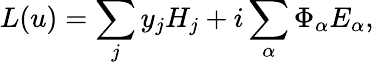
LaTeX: L(u)=\sum_{j}y_{j}H_{j}+i\sum_{\alpha}\Phi_{\alpha}E_{\alpha},